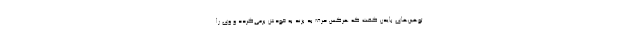
توهین‌های بایدن گفت که هرکس حرف بد بزند به خودش برمی‌گردد و وی را